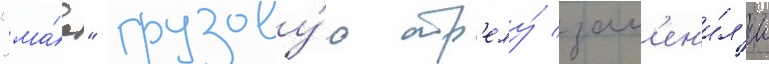
"ма́е" грузову́ю стр'елу́ зам'ен'и́л'и